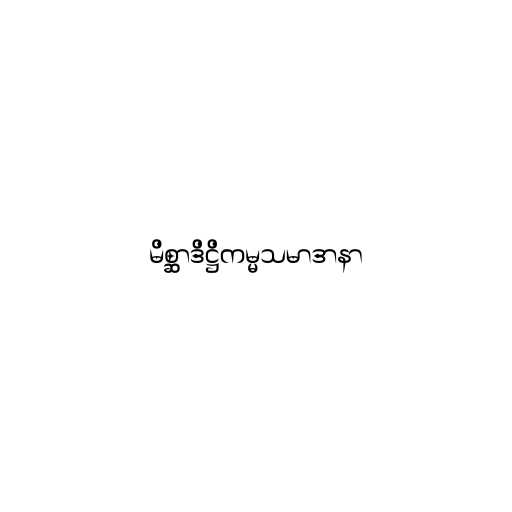
မိစ္ဆာဒိဋ္ဌိကမ္မသမာဒာနာ